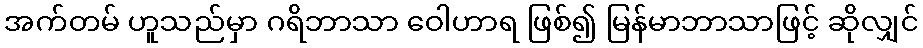
အက်တမ် ဟူသည်မှာ ဂရိဘာသာ ဝေါဟာရ ဖြစ်၍ မြန်မာဘာသာဖြင့် ဆိုလျှင်